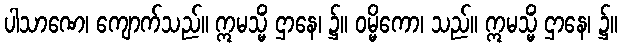
ပါသာဏေ၊ ကျောက်သည်။ ဣမသ္မိံ ဌာနေ၊ ၌။ ဝမ္မိကော၊ သည်။ ဣမသ္မိံ ဌာနေ၊ ၌။